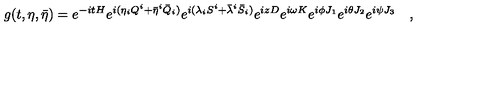
g ( t , \eta , \bar { \eta } ) = e ^ { - i t H } e ^ { i ( \eta _ { i } Q ^ { i } + \bar { \eta } ^ { i } \bar { Q } _ { i } ) } e ^ { i ( \lambda _ { i } S ^ { i } + \bar { \lambda } ^ { i } \bar { S } _ { i } ) } e ^ { i z D } e ^ { i \omega K } e ^ { i \phi J _ { 1 } } e ^ { i \theta J _ { 2 } } e ^ { i \psi J _ { 3 } } \quad ,